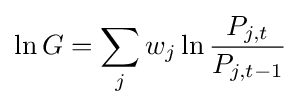
\ln {G}=\sum _{j}w_{j}\ln {\frac {P_{j,t}}{P_{j,t-1}}}